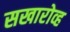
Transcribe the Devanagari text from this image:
सखारोव्ह